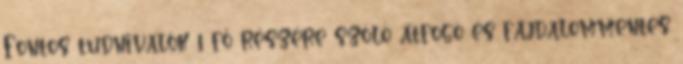
Fontos tudnivalók 1 fő részére szóló átfogó és fájdalommentes